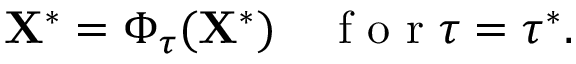
\mathbf { X } ^ { * } = \Phi _ { \tau } ( \mathbf { X } ^ { * } ) \quad \textrm { f o r } \tau = \tau ^ { * } .